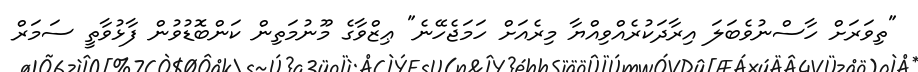
"ތިވަރަށް ހާސްނުވެބަލަ އިރާދަކުރެއްވިއްޔާ މިރެއަށް ހަމަޖެހޭނެ" ޢިޒްވާގެ މޫނުމަތިން ކަންބޮޑުވުން ފާޅުވާތީ ސަމަރް